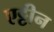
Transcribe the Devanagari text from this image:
एट्टीन